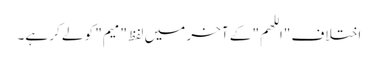
اختلاف "اللهم" کے آخر میں لفظ "میم" کو لے کر ہے۔